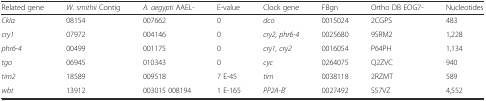
<table><thead><tr><td><b>Related gene</b></td><td><b><i>W. smithii</i> Contig</b></td><td><b><i>A. aegypti</i> AAEL-</b></td><td><b>E-value</b></td><td><b>Clock gene</b></td><td><b>FBgn</b></td><td><b>Ortho DB EOG7-</b></td><td><b>Nucleotides</b></td></tr></thead><tbody><tr><td><i>CkIα</i></td><td>08154</td><td>007662</td><td>0</td><td><i>dco</i></td><td>0015024</td><td>2CGPS</td><td>483</td></tr><tr><td><i>cry1</i></td><td>07972</td><td>004146</td><td>0</td><td><i>cry2, phr6-4</i></td><td>0025680</td><td>9SRM2</td><td>1,228</td></tr><tr><td><i>phr6-4</i></td><td>00499</td><td>001175</td><td>0</td><td><i>cry1, cry2</i></td><td>0016054</td><td>P64PH</td><td>1,134</td></tr><tr><td><i>tgo</i></td><td>06945</td><td>010343</td><td>0</td><td><i>cyc</i></td><td>0264075</td><td>Q2ZVC</td><td>940</td></tr><tr><td><i>tim2</i></td><td>18589</td><td>009518</td><td>7 E-45</td><td><i>tim</i></td><td>0038118</td><td>2RZMT</td><td>589</td></tr><tr><td><i>wbt</i></td><td>13912</td><td>003015 008194</td><td>1 E-165</td><td><i>PP2A-B&#x27;</i></td><td>0027492</td><td>S57VZ</td><td>4,552</td></tr></tbody></table>